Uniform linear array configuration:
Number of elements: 64
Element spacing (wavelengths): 0.75
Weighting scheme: hamming
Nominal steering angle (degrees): -30
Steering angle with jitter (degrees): -29.004
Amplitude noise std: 0.05
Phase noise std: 0.05

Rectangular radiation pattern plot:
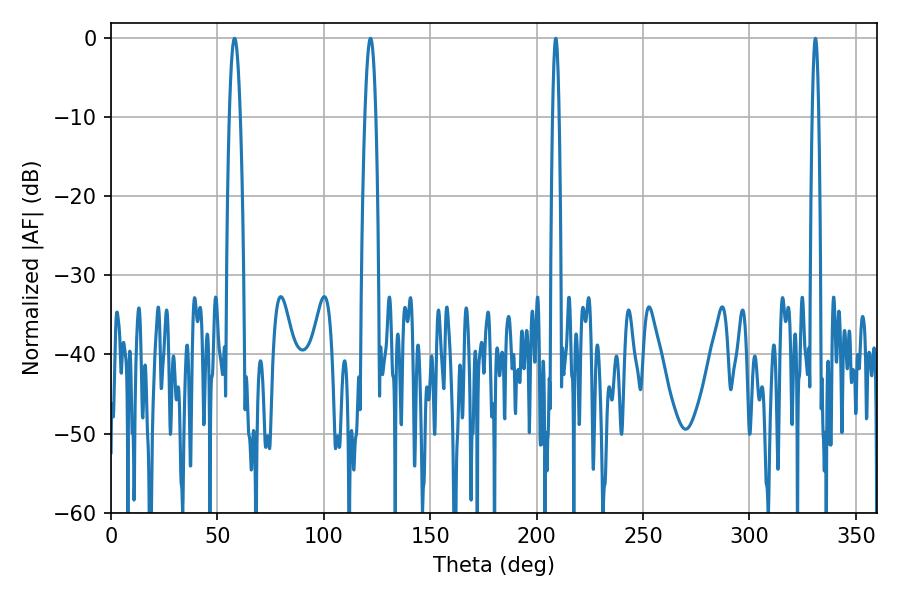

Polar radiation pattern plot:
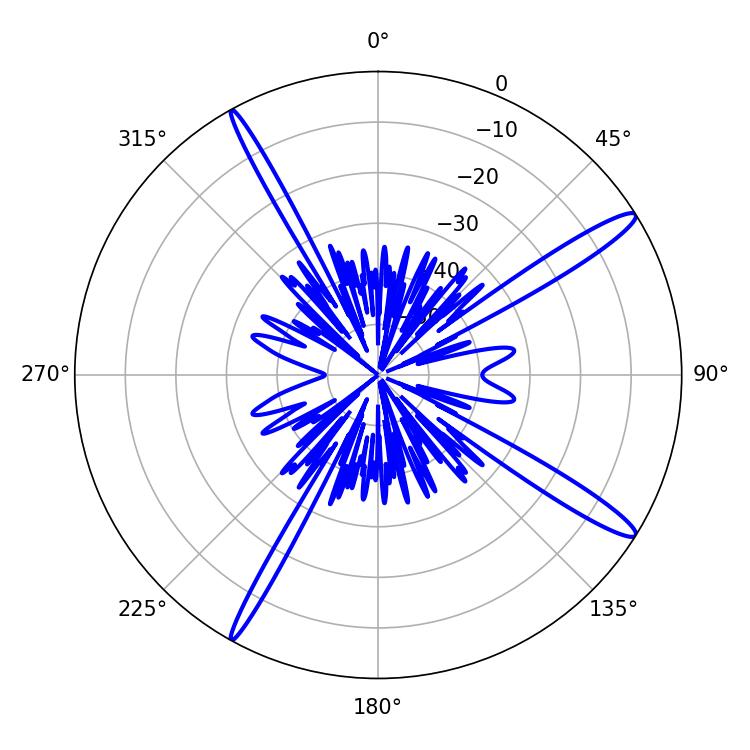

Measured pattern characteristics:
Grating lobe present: TRUE
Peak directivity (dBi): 15.219
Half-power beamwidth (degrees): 1.62
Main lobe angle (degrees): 208.98